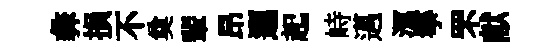
彜損不奠輩昂邐起峙邁㵼箏罘献